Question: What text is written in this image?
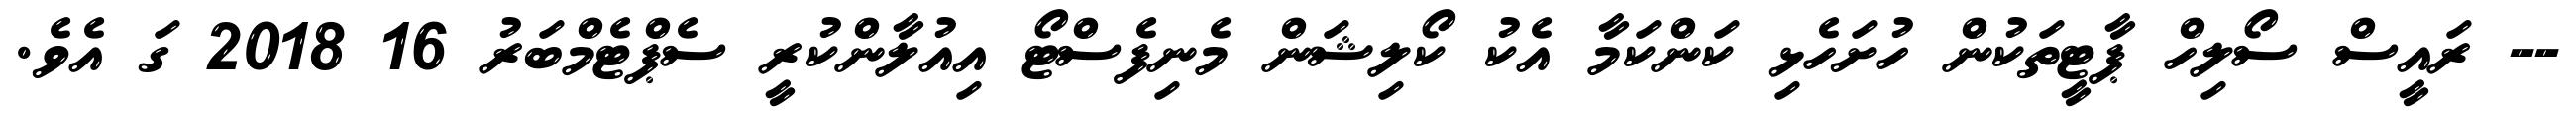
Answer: -- ރައީސް ސޯލިހް ޕާޓީތަކުން ހުށަހެޅި ކަންކަމާ އެކު ކޯލިޝަން މެނިފެސްޓޯ އިއުލާންކުރީ ސެޕްޓެމްބަރު 16 2018 ގަ އެވެ.